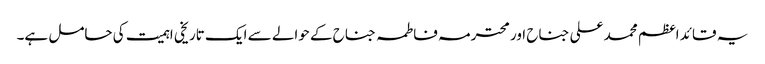
یہ قائد اعظم محمد علی جناح اور محترمہ فاطمہ جناح کے حوالے سے ایک تاریخی اہمیت کی حامل ہے۔